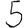
Digit: 5